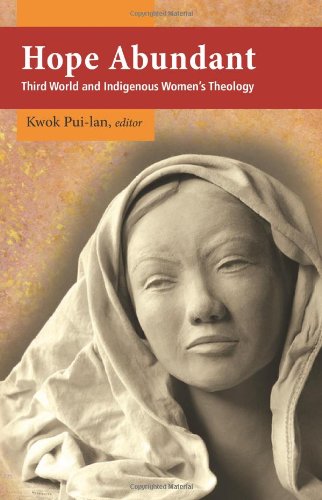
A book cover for Hope Abundant: Third World and Indigenous Women's Theology; Pui-lan Kwok; Christian Books & Bibles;